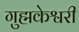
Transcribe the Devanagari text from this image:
गुह्मकेश्वरी